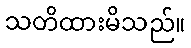
သတိထားမိသည်။